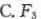
C.F_{3}